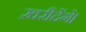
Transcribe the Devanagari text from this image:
ख़रीदेंगे।